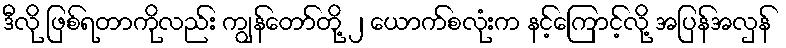
ဒီလို ဖြစ်ရတာကိုလည်း ကျွန်တော်တို့ ၂ ယောက်စလုံးက နင့်ကြောင့်လို့ အပြန်အလှန်